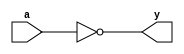
`ifndef INCLUDED_7404
`define INCLUDED_7404

`timescale 1ns/1ps

module ic7404_not #(parameter TPLH = 15, TPHL = 15)(input wire a, output wire y);
    assign #(TPLH, TPHL) y = ~a;
endmodule

module ic74hc04_not(input wire a, b, output wire y);
    ic7404_not #(.TPLH(17), .TPHL(17)) delegate(a, y);
endmodule

module ic74hct04_not(input wire a, b, output wire y);
    ic7404_not #(.TPLH(19), .TPHL(19)) delegate(a, y);
endmodule

`endif